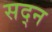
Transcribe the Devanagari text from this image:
सद्न